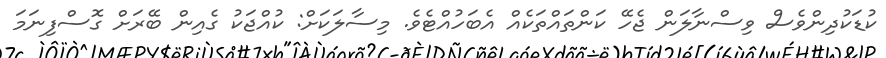
ކުޑަކުދިންވެސް ވިސްނާލަން ޖެހޭ ކަންތައްތަކެއް އެބަހުއްޓެވެ. މިސާލަކަށް: ކުއްޖަކު ގެއިން ބޭރަށް ގޮސްފިނަމަ